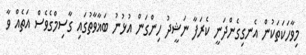
މިވާހަކަތަކުން އެނގިގެންދަނީ ކެރަފާ ނަޝީދު ހިންގަން އުޅުނު ބަޣާވާތުގައި ގާސިމްގެވެސް އަތެއް ވާ